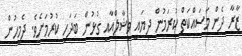
ޒާރާ ދެން މަސައްކަތް ކުރަމުން ދިޔައީ ވިޝާލްއާއި ގުޅުން ބަދަހި ކުރުމަށެވެ. ދެމީހުން